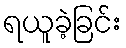
ရယူခဲ့ခြင်း